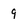
Character: 9